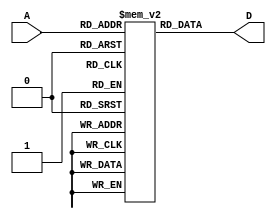
module Instruction_Memory(D,A);

  input [7:0]A;
  output [11:0]D;

  reg [11:0] mem [255:0];
  
  assign D = mem[A];

  initial begin
    //$readmemh("memfile.hex",mem);
  end


/*
  initial begin
    //mem[0] = 32'hFFC4A303;
    //mem[1] = 32'h00832383;
    // mem[0] = 32'h0064A423;
    // mem[1] = 32'h00B62423;
    mem[0] = 32'h0062E233;
    // mem[1] = 32'h00B62423;

  end
*/
endmodule